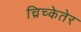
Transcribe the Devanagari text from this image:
च्रिच्केतेर